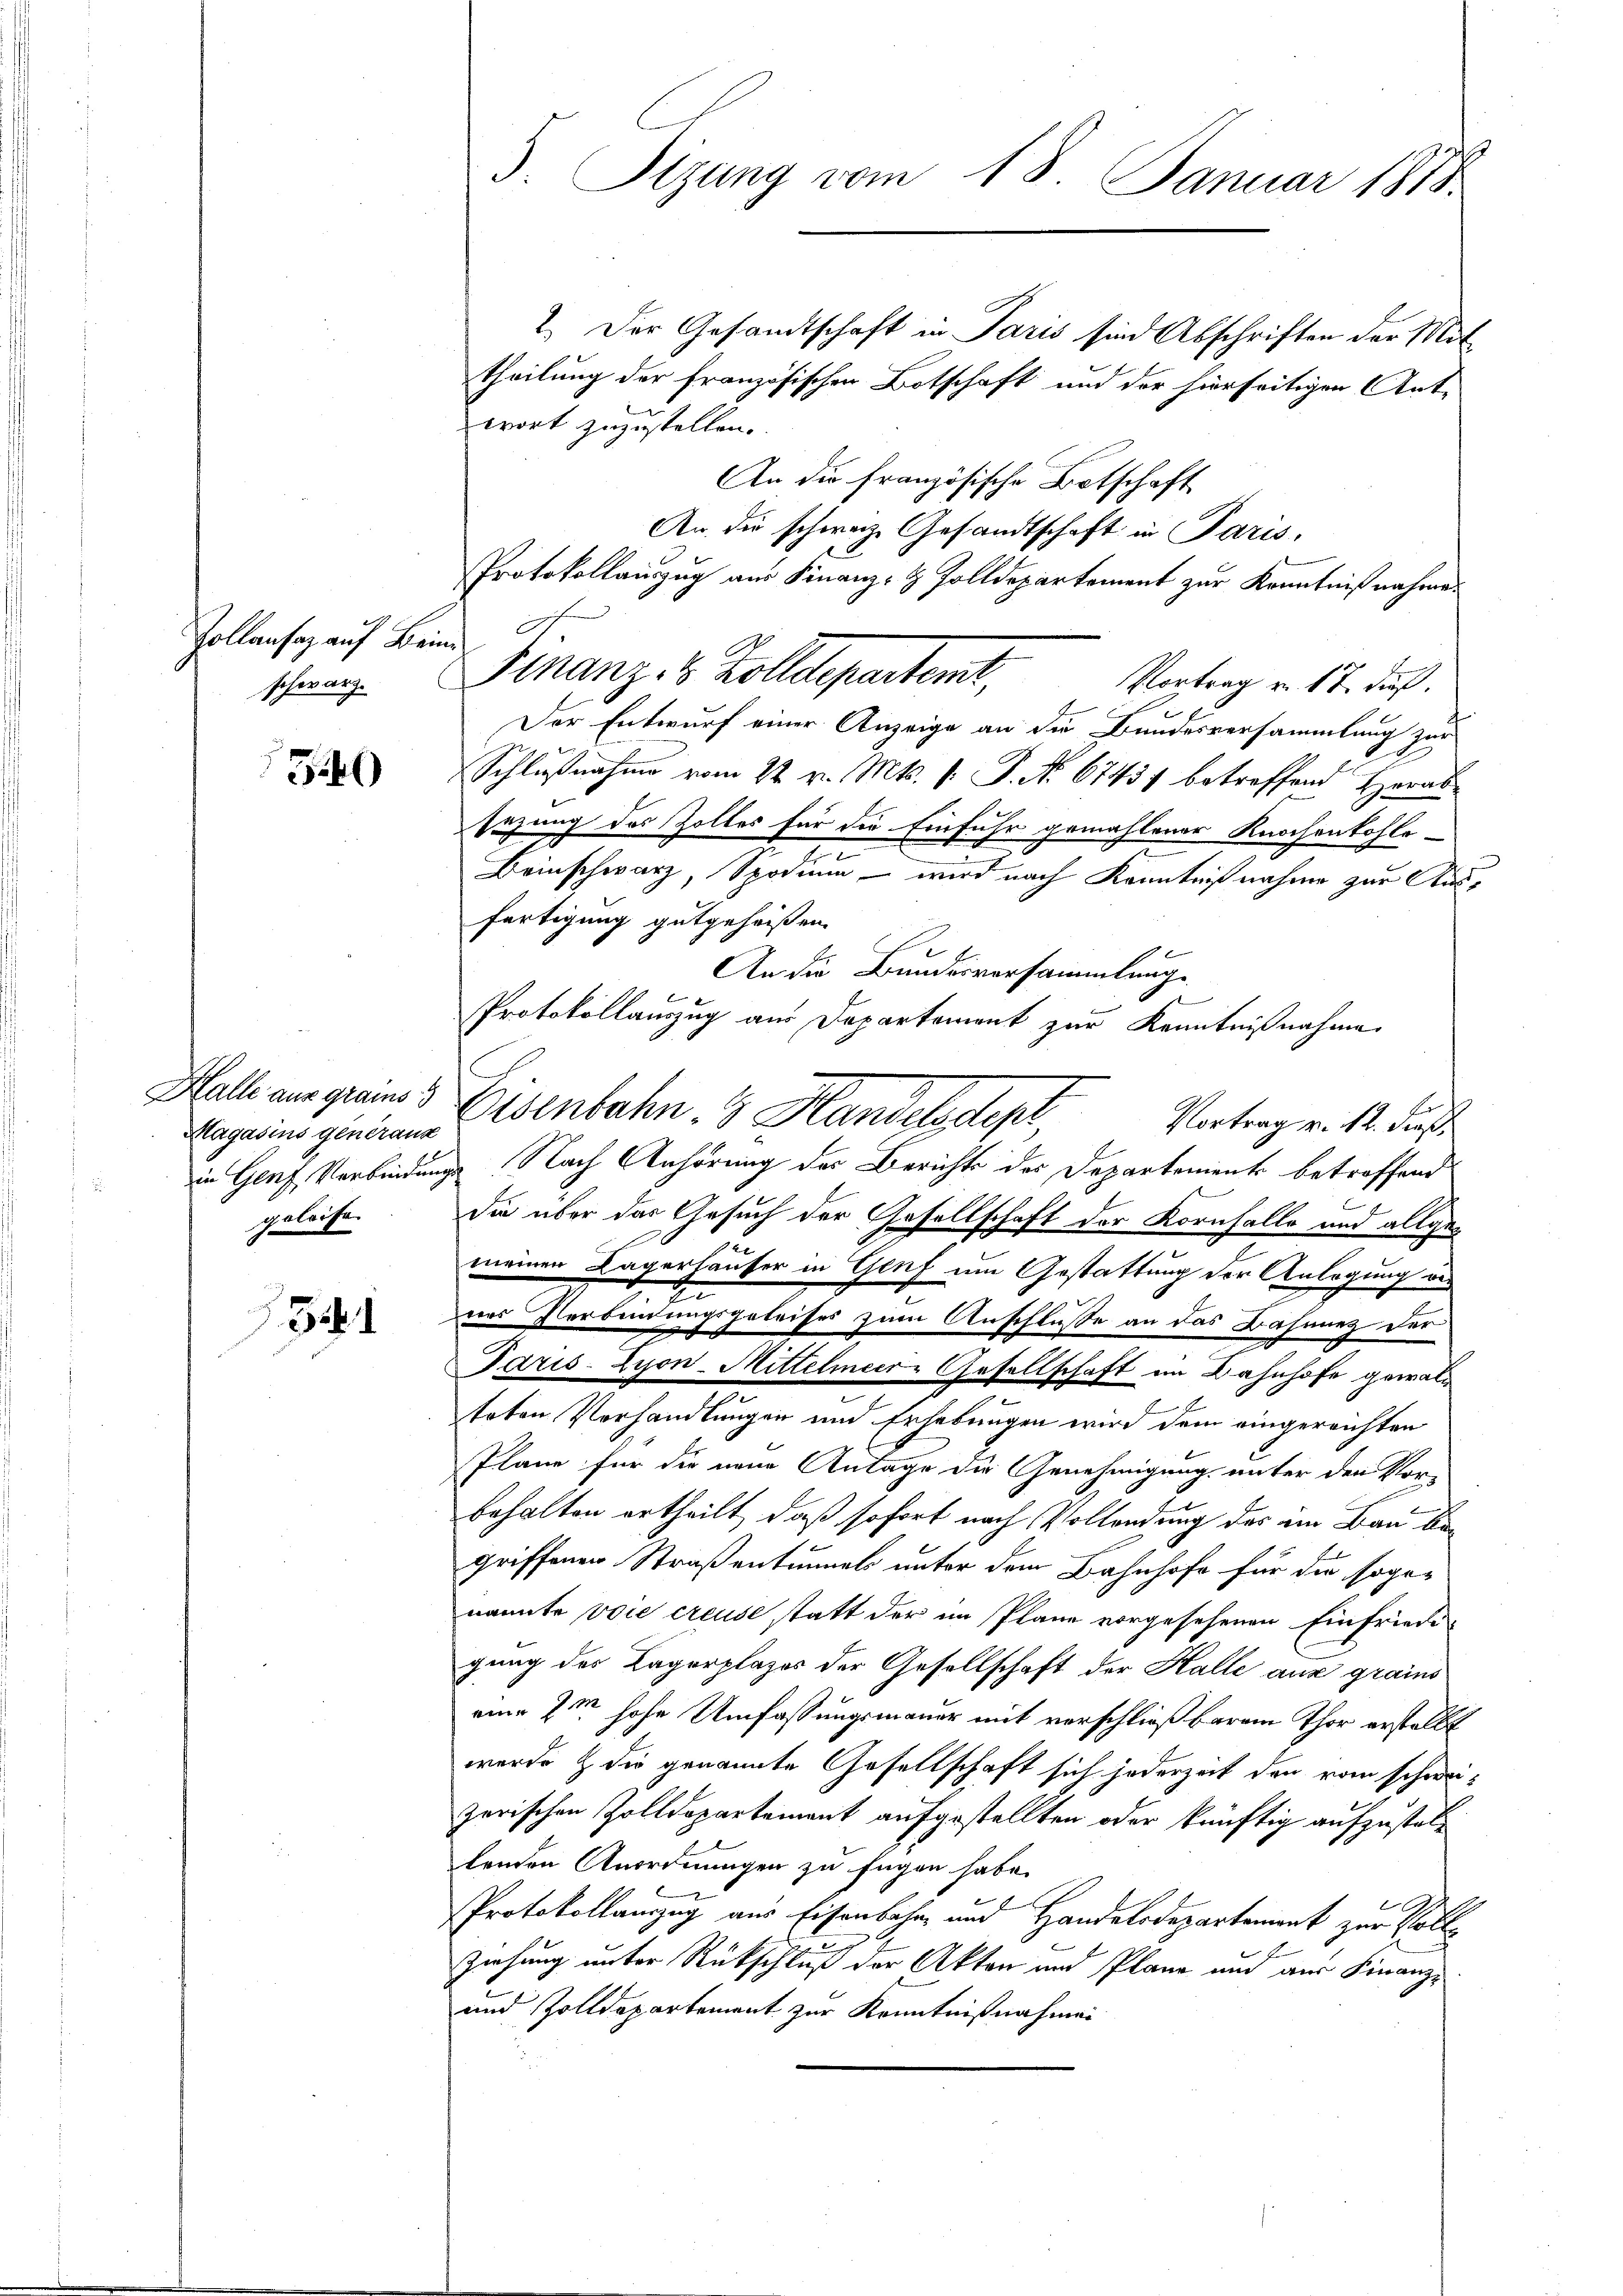
Zollansaz auf Bein
schwarz.

34)

Magasins generanz
geleise

5

3. Sizung vom 18. Januar 1815.

2.) Der Gesandtschaft in Paris sind Abschriften der Mittheilung der französischen Botschaft und der hierseitigen Ante
wort zuzustellen.
An die französische Botschaft
An die schwarze Gesandtschaft in Paris,
Protokollauszug aus Finanz- & Zolldepartement zur Kenntnißnahme.
c
Finanz- 8 Zolldepartemt,
Vortrag v. 17. dieß.
Der Entwurf einer Anzeige an die Bundesversammlung zur
Schlußnahme vom 22. v. Mts. v. P. Nr. 67451 betreffend Herrs
sezung des Zolles für die Einfuhr gemahlener Knochenkohle¬
Beinschwarz, Spodium - wird nach Kenntniß nahme zur Ausfertigung gutgeheißen.
An die Bundesversammlung
Protokollauszug aus Departement zur Kenntnißnahme
c
Halle aus greines Eisenbahn 3 Handelsstep
Vortrag v. 12. dieß
die Genf, Verbindungs Nach Anhörung des Berichts des Departements betroffend
die über das Gesuch der Gesellschaft der Kornfalle und allgemeinen Lagerhäuser in Genf um Gestattung der Anlegung ver
2
nes Verbindungsgeleises zum Anschlusse an das Bahnnetz der
Tris-Zyon-Mittelmeer-Gesellschaft im Bahnhofe gewaln
2
teten Verhandlungen und Erhebungen wird dem eingereichten
Pläne für die neue Antage die Genehmigung unter den Vor-

behalten ertheilt, daß sofort nach Vollendung des im Bau begriffenen Straßentumel unter dem Bahnhofe für die sogenannte voie creuse statt der im Plane vorgesehenen Einfriede
gung des Lagerplazer der Gesellschaft der Halle aus grains
eine 2 hohe Umfassungsmauer mit verschließbarem Thor erstellt
werde & die genannte Gesellschaft sich jederzeit den vom schweizerischen Zolldepartement aufgestellten oder künftig aufzusteltenden Anordnungen zu fügen habe.
Protokollauszug aus Eisenbahn und Handelsdepartement zur Volle
Ziehung unter Rückschluß der Akten und Plane und aus Finanz-
und Zolldepartement zur Kenntnißnahmen